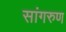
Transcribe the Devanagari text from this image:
सांगरुण